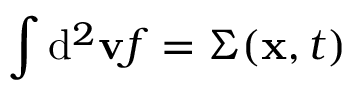
\int \mathrm { d } ^ { 2 } \mathbf { v } f = \Sigma ( \mathbf { x } , t )